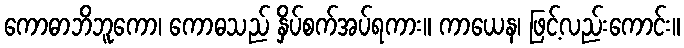
ကောဓာဘိဘူကော၊ ကောဓသည် နှိပ်စက်အပ်ရကား။ ကာယေန၊ ဖြင့်လည်းကောင်း။